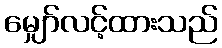
မျှော်လင့်ထားသည်